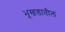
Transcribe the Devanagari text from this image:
भूखडातील